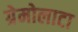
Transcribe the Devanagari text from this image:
ग्रेमोलाटा